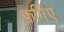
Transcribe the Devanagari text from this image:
फ़र्गिए